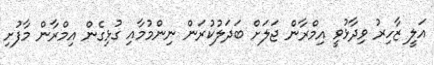
އަލީ ޒާހިރު ވިދާޅުވީ އިމްރާން ޖަލަށް ބަދަލުކުރަން ނިންމުމާއި ގުޅިގެން އިމްރާން މާފުށި